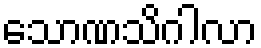
သောဏသိဂါလာ